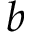
b